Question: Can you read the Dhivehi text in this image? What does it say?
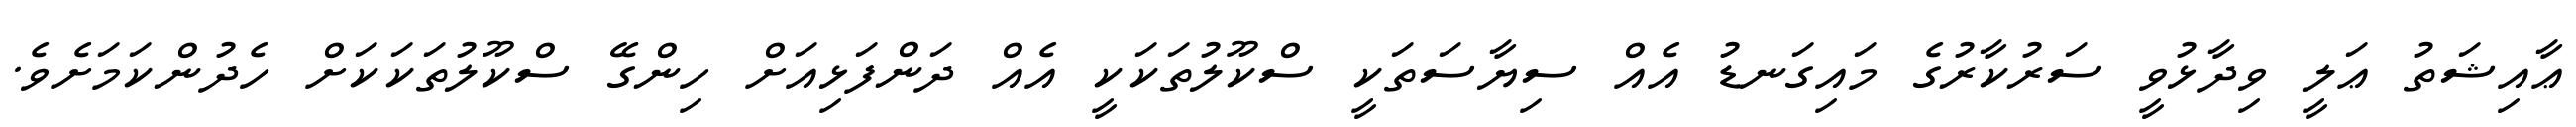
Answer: ޢާއިޝަތު ޢަލީ ވިދާޅުވީ ސަރުކާރުގެ މައިގަނޑު އެއް ސިޔާސަތަކީ ސްކޫލުތަކަކީ އެއް ދަންފަޅިއަށް ހިންގޭ ސްކޫލުތަކަކަށް ހެދުންކަމަށެވެ.